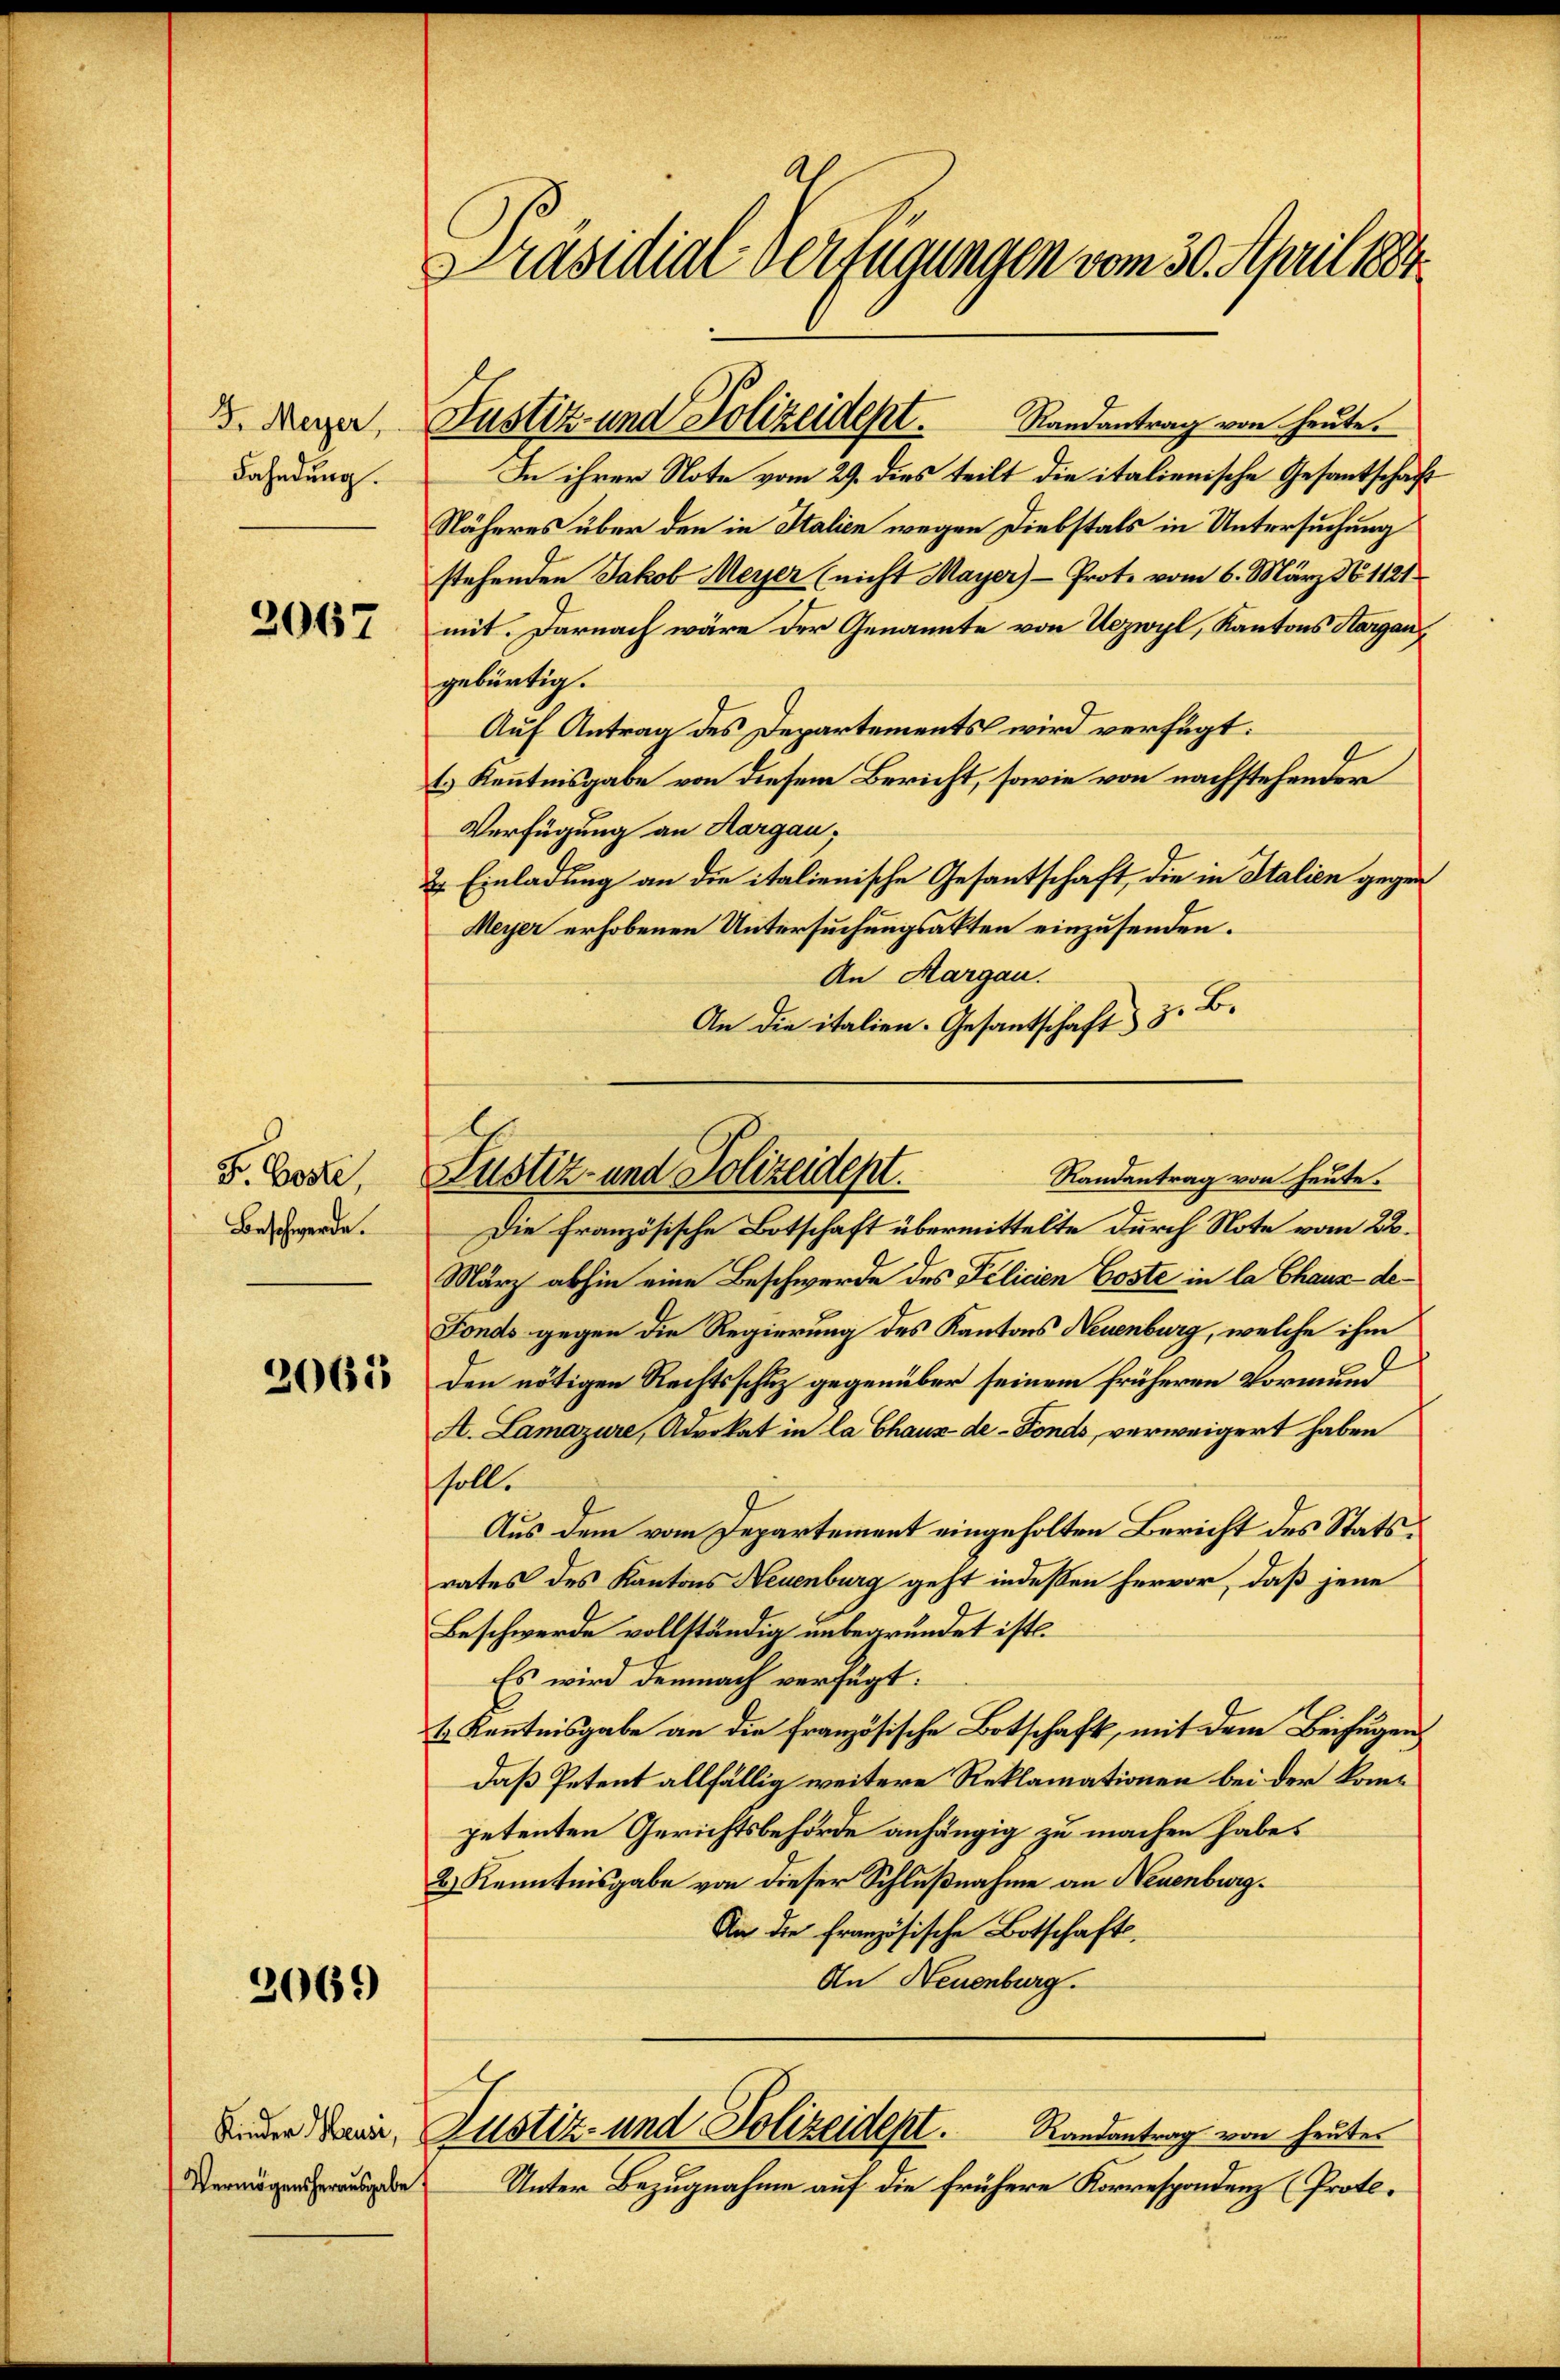
D. Meyer,
Fahndung.

2067

Fr. Koste
Beschwerde.

2065

2069)

Kinder Heusi,
Vermögensherausgabe

Präsidial-Verfügungen vom 30. April 1884

In ihrer Note vom 29. dies teilt die italienische Gesantschaft
Näheres über den in Italien wegen Diebstals in Untersuchung
stehenden Jakob Meyer (nicht Mayer) - Prote vom 6. März N. 1121
mit. Darnach wäre der Genannte von Uezwyl, Kantons Aargau
gebürtig.
Auf Antrag des Departements wird verfügt:
t. Kenntnisgabe von diesem Bericht, sowie von nachstehender
Verfügung an Aargau,
2 Einladung an die italienische Gesantschaft, die in Italien gegen
Meyer erhobenen Untersuchungsakten einzusenden.
An Margau.
An die italien. Gesantschaft z. B.

Justiz- und Polizeidept. Randantrag von heute.

Randantrag von heute.
Justiz- und Polizeident.

Justiz- und Polizeidest.
Randantrag von heutes

Die Französische Botschaft übermittelte durch Note vom 22.
März abhin eine Beschwerde des Pelicien Coste in la Chaux-de¬
Fonds gegen die Regierung des Kantons Neuenburg, welche ihm
2
den nötigen Rechtsschuz gegenüber seinem früheren Vormund
A. Lamazure, Advokat in la Chaux-de-Fonds, verweigert haben
soll.
Aus dem vom Departement eingeholten Bericht des Statsrates des Kantons Neuenburg geht indessen hervor, daß jene
Beschwerde vollständig unbegrundet ist.
Es wird demnach verfügt:
k Kenntnisgabe an die französische Botschaft, mit dem Beifügen
daß Petent allfällig weitere Reklamationen bei der kompetenten Gerichtsbehörde anhängig zu machen habe.
2) Kenntnisgabe von dieser Schlußnahme an Neuenburg.
An die französische Botschafts¬
An Neuenburg.

Unter Bezugnahme auf die frühere Korrespondenz (Proto¬